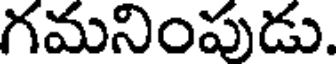
గమనింపుడు.